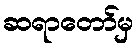
ဆရာတော်မှ